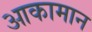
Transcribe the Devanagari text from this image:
आकामान